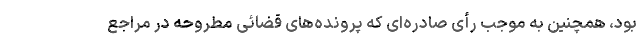
بود، همچنین به موجب رأی صادره‌ای که پرونده‌های قضائی مطروحه در مراجع